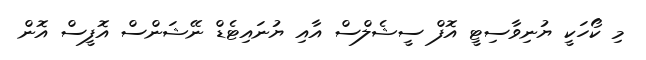
މި ކޯހަކީ ޔުނިވާސިޓީ އޮފް ސީޝެލްސް އާއި ޔުނައިޓެޑް ނޭޝަންސް އޮފީސް އޮން